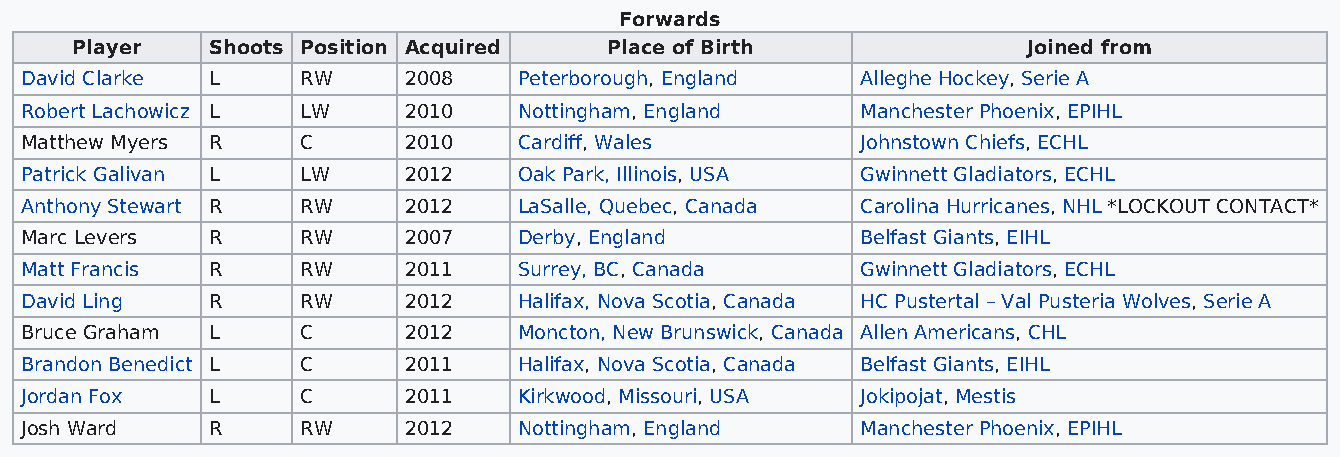
Forwards
 Player   Shoots Position Acquired  Place of Birth              Joined from
 David Clarke L     RW     2008   Peterborough, England  Alleghe Hockey, Serie A
 Robert Lachowicz L LW     2010   Nottingham, England    Manchester Phoenix, EPIHL
 Matthew Myers R    C      2010   Cardiff, Wales         Johnstown Chiefs, ECHL
 Patrick Galivan L  LW     2012   Oak Park, Illinois, USA Gwinnett Gladiators, ECHL
 Anthony Stewart R  RW     2012   LaSalle, Quebec, Canada Carolina Hurricanes, NHL *LOCKOUT CONTACT*
 Marc Levers  R     RW     2007   Derby, England         Belfast Giants, EIHL
 Matt Francis R     RW     2011   Surrey, BC, Canada     Gwinnett Gladiators, ECHL
 David Ling   R     RW     2012   Halifax, Nova Scotia, Canada HC Pustertal – Val Pusteria Wolves, Serie A
 Bruce Graham L     C      2012   Moncton, New Brunswick, Canada Allen Americans, CHL
 Brandon Benedict L C      2011   Halifax, Nova Scotia, Canada Belfast Giants, EIHL
 Jordan Fox   L     C      2011   Kirkwood, Missouri, USA Jokipojat, Mestis
 Josh Ward    R     RW     2012   Nottingham, England    Manchester Phoenix, EPIHL